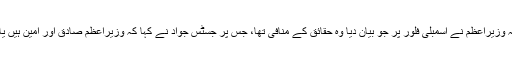
سماعت شروع ہوئی تو درخواست گزار کے وکیل گوہر نواز نے دلائل میں کہا کہ وزیراعظم نے اسمبلی فلور پر جو بیان دیا وہ حقائق کے منافی تھا، جس پر جسٹس جواد نے کہا کہ وزیرِاعظم صادق اور امین ہیں یا نہیں یہ آپ کو ثابت کرنا ہوگا، آپ کا بیان حلفی قانونی تقاضے پورے نہیں کرتا۔